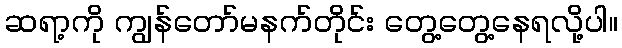
ဆရာ့ကို ကျွန်တော်မနက်တိုင်း တွေ့တွေ့နေရလို့ပါ။